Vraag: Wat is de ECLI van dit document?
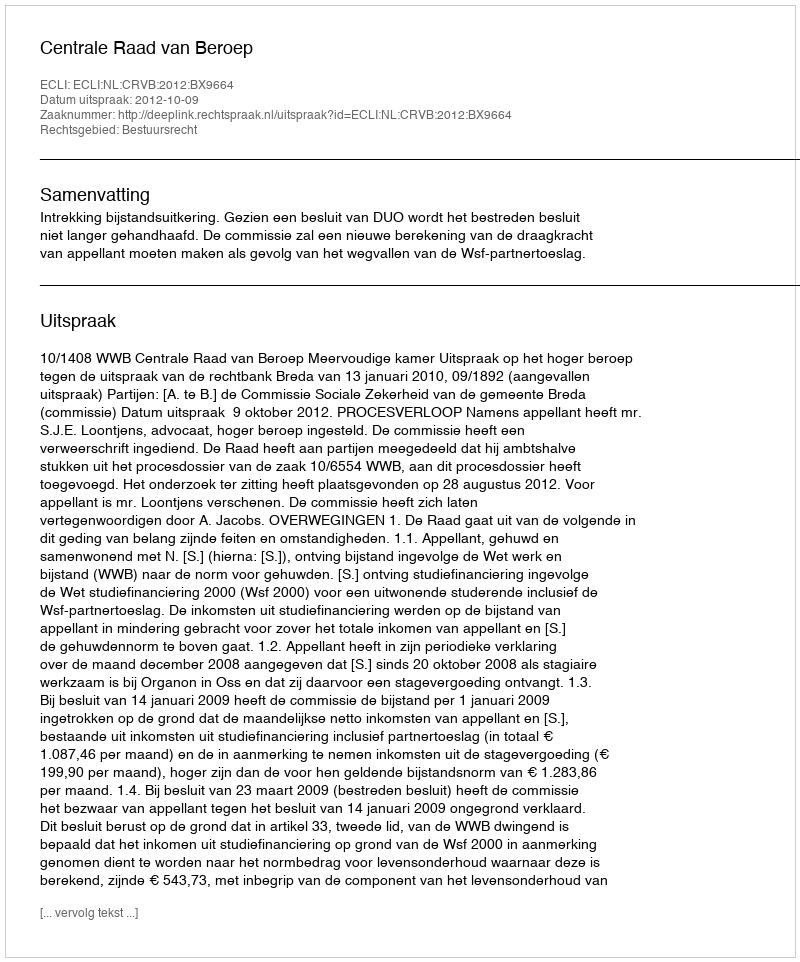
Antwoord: ECLI:NL:CRVB:2012:BX9664